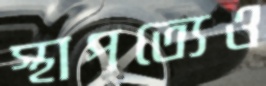
স্থাপত্যেও